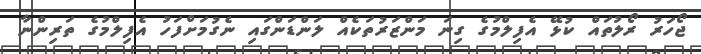
ޖޯހަރު ރޯލުތައް ކުޅޭ އެފިލްމުގެ ގިނަ މަންޒަރުތަކެއް ލަންޑަންގައި ނެގުމަށްފަހު އެފިލްމުގެ ތަރިންނާ